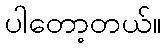
ပါတော့တယ်။